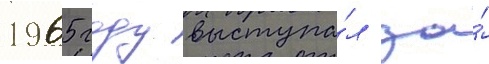
1965 году выступа́л за́